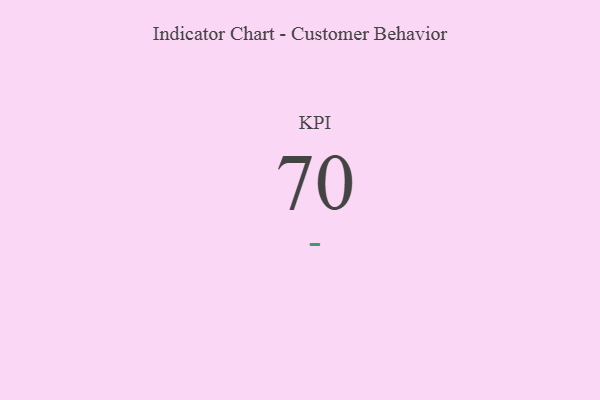
{"axis": {"x": "KPI", "y": "Value"}, "legend": [""], "data": [{"x": "KPI", "y": 70, "type": ""}]}